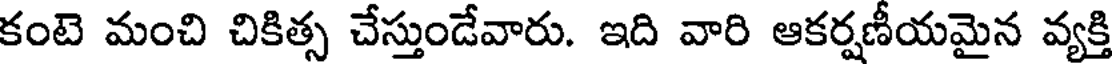
కంటె మంచి చికిత్స చేస్తుండేవారు. ఇది వారి ఆకర్షణీయమైన వ్యక్తి